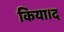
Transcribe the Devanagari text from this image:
किया।द